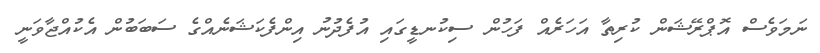
ނަމަވެސް އޮޕްރޭޝަން ކުރިތާ އަހަރެއް ފަހުން ސިކުނޑީގައި އުފެދުނު އިންފެކަޝަނެއްގެ ސަބަބުން އެކުއްޖާވަނީ